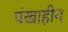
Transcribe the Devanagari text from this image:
पंखाहीन